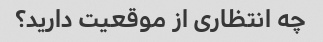
چه انتظاری از موقعیت دارید؟